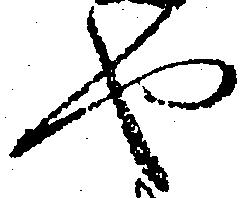
や